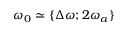
\omega _ { 0 } \simeq \{ \Delta \omega ; 2 \omega _ { a } \}